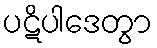
ပဋိပါဒေတွာ